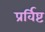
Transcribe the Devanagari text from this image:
प्रर्विष्ट